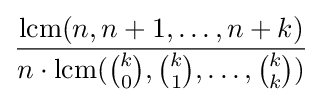
{\frac {\operatorname {lcm} (n,n+1,\ldots ,n+k)}{n\cdot \operatorname {lcm} ({\binom {k}{0}},{\binom {k}{1}},\ldots ,{\binom {k}{k}})}}